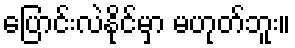
ပြောင်းလဲနိုင်မှာ မဟုတ်ဘူး။